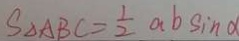
S _ { \Delta A B C } = \frac { 1 } { 2 } a b \sin \alpha